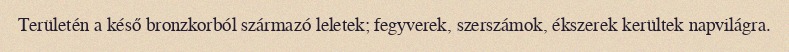
Területén a késő bronzkorból származó leletek; fegyverek, szerszámok, ékszerek kerültek napvilágra.